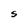
Character: S